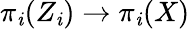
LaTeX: \pi_{\mathit{i}}(Z_{\mathit{i}})\to\pi_{\mathit{i}}(X)